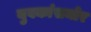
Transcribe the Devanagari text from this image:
युवकांसमोर